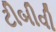
ટીબીવી